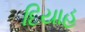
દિયાહ